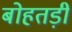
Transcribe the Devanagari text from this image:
बोहतड़ी